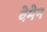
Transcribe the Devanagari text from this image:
वेमेन